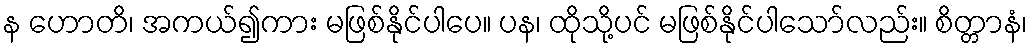
န ဟောတိ၊ အကယ်၍ကား မဖြစ်နိုင်ပါပေ။ ပန၊ ထိုသို့ပင် မဖြစ်နိုင်ပါသော်လည်း။ စိတ္တာနံ၊